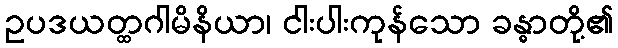
ဥပဒယတ္ထဂါမိနိယာ၊ ငါးပါးကုန်သော ခန္ဓာတို့၏